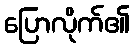
ပြောလိုက်၏